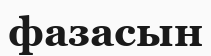
фазасын